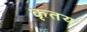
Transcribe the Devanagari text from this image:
कृतय